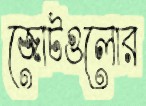
জোটগুলোর